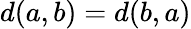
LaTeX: d(a,b)=d(b,a)